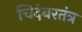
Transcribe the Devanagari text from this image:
चिदंबरतंत्र